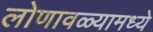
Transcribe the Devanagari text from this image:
लोणावळ्यामध्ये